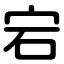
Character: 宕